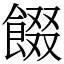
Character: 餟